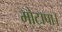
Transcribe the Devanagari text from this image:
मोटापा।